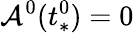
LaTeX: \mathcal{A}^{0}(t_{*}^{0})=0